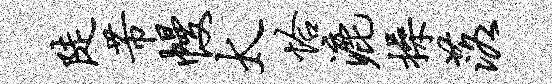
陡芾幔太恰漉操落